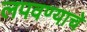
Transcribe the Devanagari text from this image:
लपवण्याचे